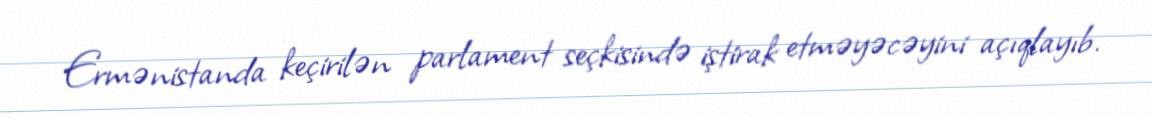
Ermənistanda keçirilən parlament seçkisində iştirak etməyəcəyini açıqlayıb.